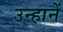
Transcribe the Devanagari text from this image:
उन्हानें